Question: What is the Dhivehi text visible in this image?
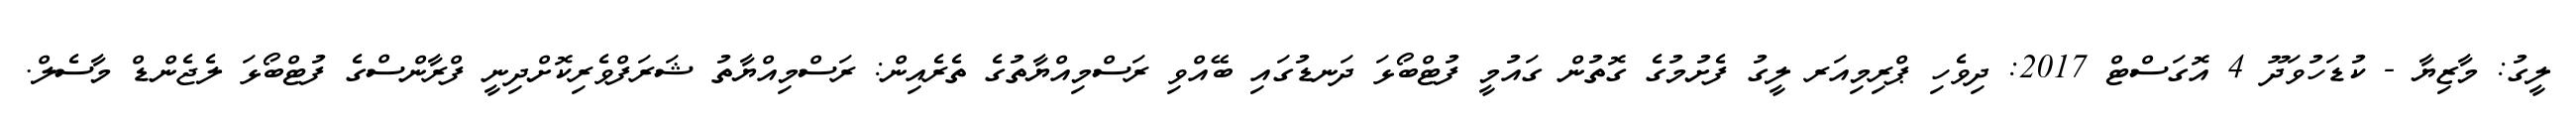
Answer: ލީގު: މާޒިޔާ - ކުޑަހުވަދޫ 4 އޮގަސްޓް 2017: ދިވެހި ޕްރިމިއަރ ލީގު ފެށުމުގެ ގޮތުން ގައުމީ ފުޓްބޯޅަ ދަނޑުގައި ބޭއްވި ރަސްމިއްޔާތުގެ ތެރެއިން: ރަސްމިއްޔާތު ޝަރަފްވެރިކޮށްދިނީ ފްރާންސްގެ ފުޓްބޯޅަ ލެޖެންޑް މާސެލް.